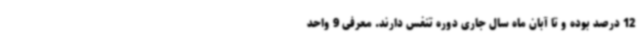
12 درصد بوده و تا آبان ماه سال جاری دوره تنفس دارند. معرفی 9 واحد